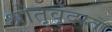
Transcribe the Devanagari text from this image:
श्रोतृवृंदात